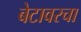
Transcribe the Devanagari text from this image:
बेटावरचा